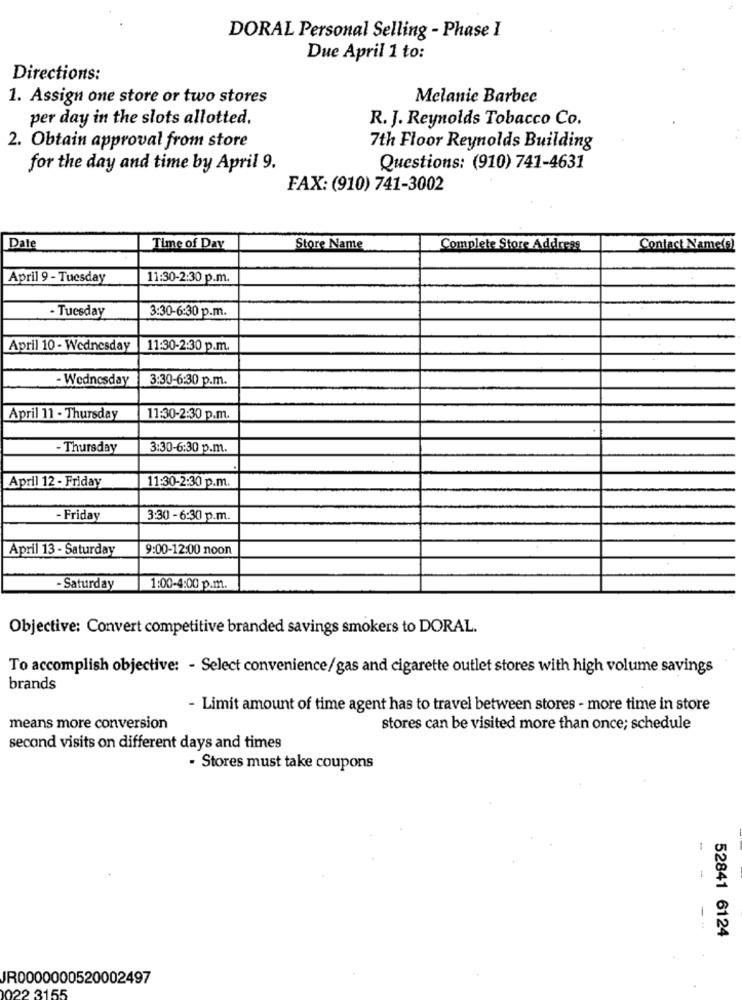
DORAL Personal Selling - Phase I
Due April 1 to:
Directions:
1. Assign one store or two stores
Melanie Barbec
per day in the slots allotted.
R. J. Reynolds Tobacco Co.
2. Obtain approval from store
7th Floor Reynolds Building
for the day and time by April 9.
Questions: (910) 741-4631
FAX: (910) 741-3002
Date
Time of Day
Store Name
Complete Store Address
Contact Name(s)
April 9 - Tuesday
11:30-2:30 p.m.
- Tuesday
3:30-6:30 p.m.
April 10 - Wednesday
11:30-2:30 p.m.
- Wednesday
3:30-6:30 p.m.
April 11 - Thursday
11:30-2:30 p.m.
- Thursday
3:30-6:30 p.m.
April 12 - Friday
11:30-2:30 p.m.
- Friday
3:30 - 6:30 p.m.
April 13 - Saturday
9:00-12:00 noon
- Saturday
1:00-4:00 p.m.
Objective: Convert competitive branded savings smokers to DORAL.
To accomplish objective: - Select convenience/gas and cigarette outlet stores with high volume savings
brands
- Limit amount of time agent has to travel between stores - more time in store
means more conversion
stores can be visited more than once; schedule
second visits on different days and times
- Stores must take coupons
52841 6124
JR0000000520002497
22 3155